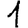
Digit: 1